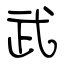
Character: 武